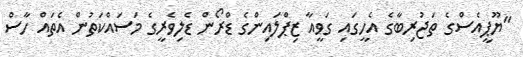
"ޔޫޕީއެސްގެ ތަޖުރިބާގެ އެހީގައި ގަވީއާ ޒިޕްލައިންގެ ޑްރޯން ޑެލިވެރީގެ މަސައްކަތުން އެތައް ހާސް